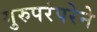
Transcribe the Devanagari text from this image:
गुरुपरंपरेने